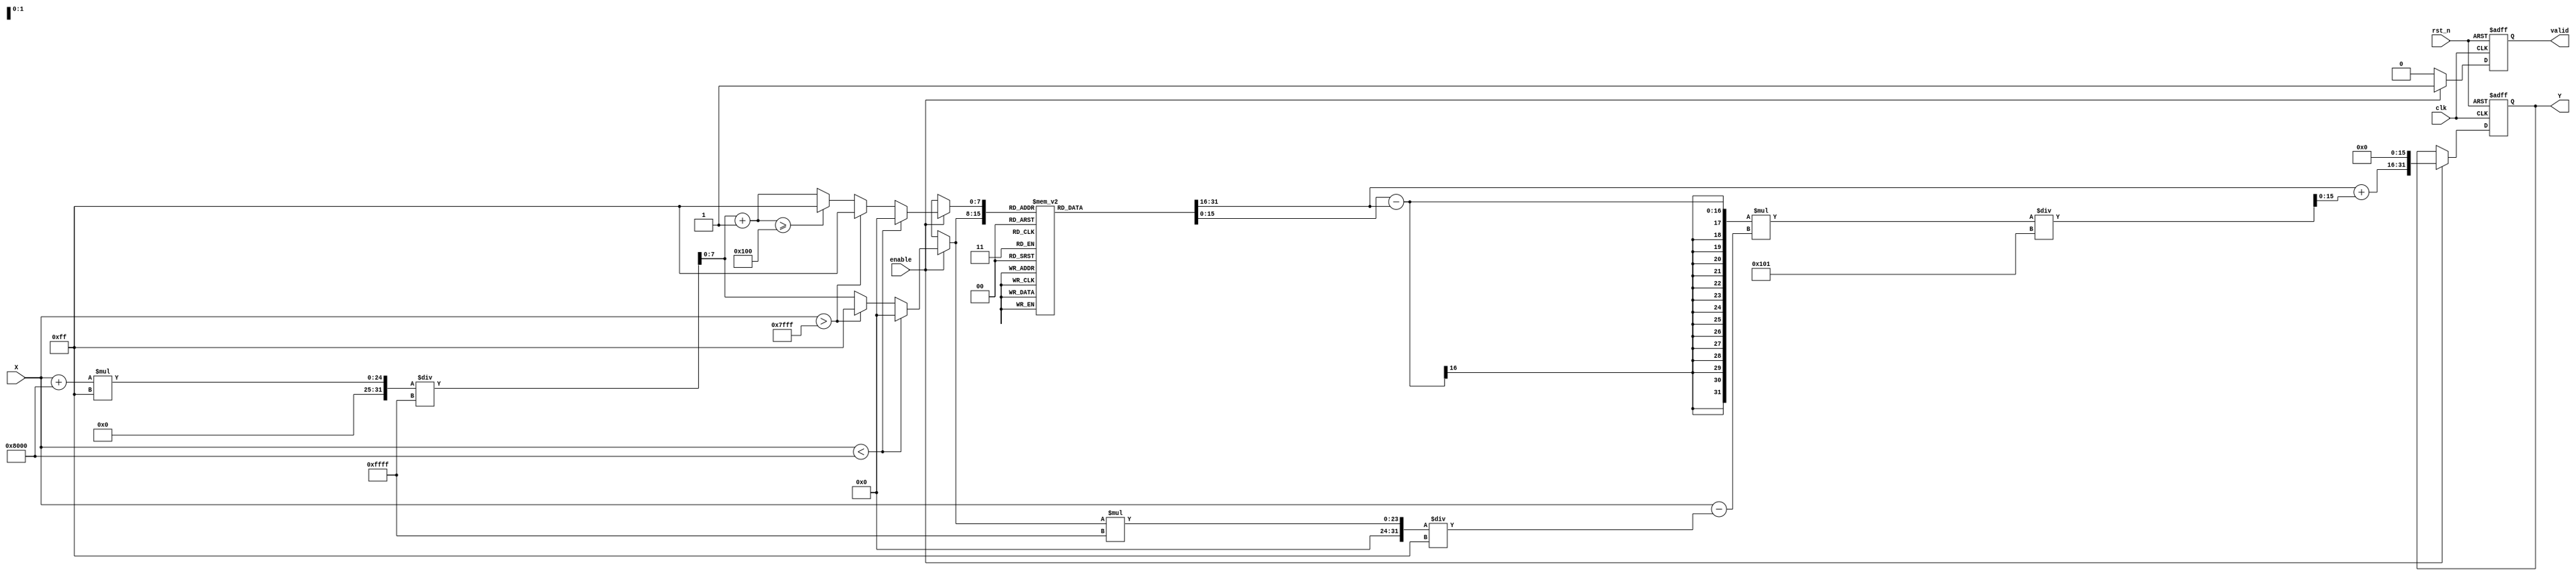
module asin_block (
    input wire clk,
    input wire rst_n,
    input wire enable,
    input wire signed [15:0] X, // Input value in fixed-point representation [-1, 1]
    output reg signed [31:0] Y,  // Output value in radians
    output reg valid             // Output valid signal
);

    // LUT size and parameters
    parameter LUT_SIZE = 256; // Number of entries in the LUT
    parameter LUT_WIDTH = 16;  // Width of LUT entries
    parameter INTERPOLATION_WIDTH = 16; // Width for interpolation

    // Precomputed LUT for asin values (in fixed-point representation)
    reg signed [LUT_WIDTH-1:0] asin_lut [0:LUT_SIZE-1];

    // Initialize the LUT with precomputed values of asin
    initial begin
        // Populate the LUT with asin values (example values)
        // This should be filled with actual asin values for the range [-1, 1]
        // For simplicity, only a few entries are shown here
        asin_lut[0] = -16'h8000; // asin(-1) = -/2
        asin_lut[128] = 0;       // asin(0) = 0
        asin_lut[255] = 16'h7FFF; // asin(1) = /2
        // Fill the rest of the LUT with appropriate values...
    end

    // Internal signals for interpolation
    reg signed [LUT_WIDTH-1:0] lut_a, lut_b;
    reg [7:0] lut_index_a, lut_index_b;
    reg signed [INTERPOLATION_WIDTH-1:0] interp_result;

    // Range checking and LUT access
    always @(posedge clk or negedge rst_n) begin
        if (!rst_n) begin
            Y <= 0;
            valid <= 0;
        end else if (enable) begin
            valid <= 1;

            // Clamp input to the range [-1, 1]
            if (X < -16'h8000) begin
                lut_index_a = 0; // -1
                lut_index_b = 0; // -1
            end else if (X > 16'h7FFF) begin
                lut_index_a = 255; // 1
                lut_index_b = 255; // 1
            end else begin
                // Scale input to LUT index
                lut_index_a = (X + 16'h8000) * (LUT_SIZE - 1) / 16'hFFFF; // Scale to [0, LUT_SIZE-1]
                lut_index_b = lut_index_a + 1;

                // Ensure indices are within bounds
                if (lut_index_b >= LUT_SIZE) begin
                    lut_index_b = LUT_SIZE - 1;
                end
            end

            // Read LUT values
            lut_a = asin_lut[lut_index_a];
            lut_b = asin_lut[lut_index_b];

            // Linear interpolation
            interp_result = lut_a + ((lut_b - lut_a) * (X - (lut_index_a * 16'hFFFF / (LUT_SIZE - 1))) / (16'hFFFF / (LUT_SIZE - 1)));

            // Scale output to desired width
            Y <= interp_result << (32 - LUT_WIDTH); // Adjust based on output width
        end else begin
            valid <= 0; // Disable output when not enabled
        end
    end

endmodule